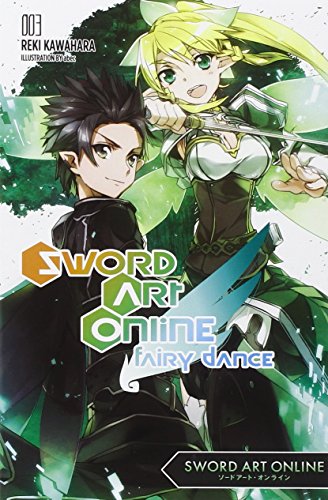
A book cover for Sword Art Online 3: Fairy Dance; Reki Kawahara; Literature & Fiction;